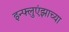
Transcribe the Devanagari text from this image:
इन्फ्लुएंझाच्या